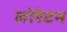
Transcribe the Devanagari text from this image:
लोरेटन